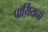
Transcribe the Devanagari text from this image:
पार्य़ियनों